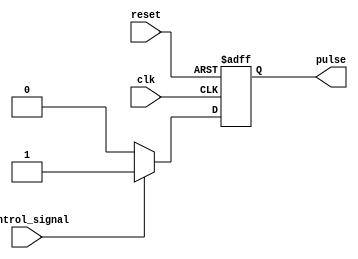
module PulseWidthGenerator (
    input wire clk,
    input wire reset,
    input wire control_signal,
    output reg pulse
);

reg [7:0] pulse_width;

always @ (posedge clk or posedge reset) begin
    if (reset) begin
        pulse_width <= 8'b00000000; // default pulse width is 0
        pulse <= 1'b0; // output pulse is initially low
    end else begin
        if (control_signal) begin
            pulse_width <= pulse_width + 1; // increment pulse width
            pulse <= 1'b1; // output pulse is high
        end else begin
            pulse <= 1'b0; // output pulse is low
        end
    end
end

endmodule